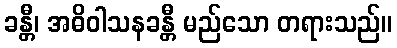
ခန္တီ၊ အဓိဝါသနခန္တီ မည်သော တရားသည်။